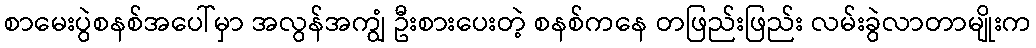
စာမေးပွဲစနစ်အပေါ်မှာ အလွန်အကျွံ ဦးစားပေးတဲ့ စနစ်ကနေ တဖြည်းဖြည်း လမ်းခွဲလာတာမျိုးက